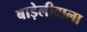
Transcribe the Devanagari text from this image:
बाड़ेलीवाला